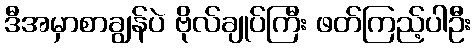
ဒီအမှာစာချွန်ပဲ ဗိုလ်ချုပ်ကြီး ဖတ်ကြည့်ပါဦး